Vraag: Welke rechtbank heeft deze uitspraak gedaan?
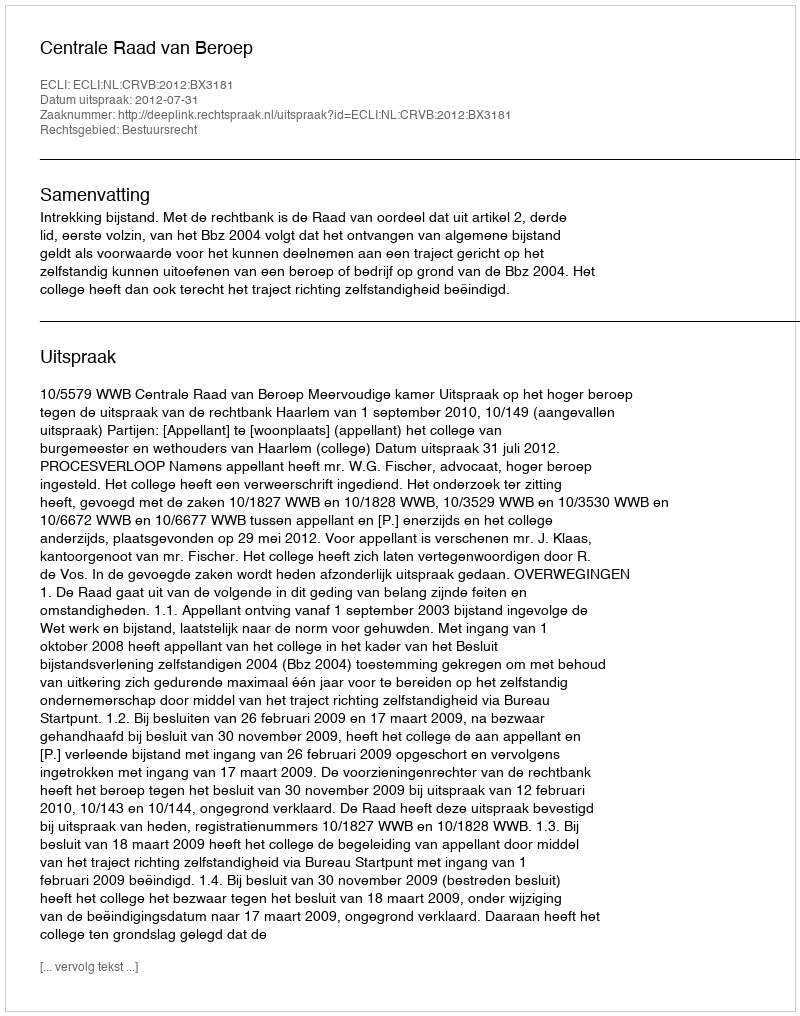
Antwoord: Centrale Raad van Beroep